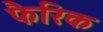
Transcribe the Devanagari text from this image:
फैरिक